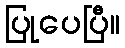
ပြုပေပြီ။